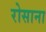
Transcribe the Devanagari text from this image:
रोसाना